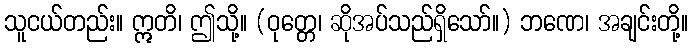
သူငယ်တည်း။ ဣတိ၊ ဤသို့။ (ဝုတ္တေ၊ ဆိုအပ်သည်ရှိသော်။) ဘဏေ၊ အချင်းတို့။